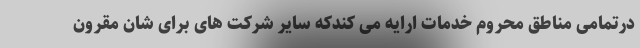
درتمامی مناطق محروم خدمات ارایه می کندکه سایر شرکت های برای شان مقرون